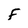
Character: f